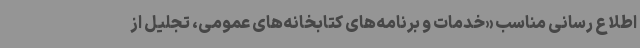
اطلاع رسانی مناسب «خدمات و برنامه‌های کتابخانه‌های عمومی، تجلیل از